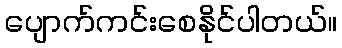
ပျောက်ကင်းစေနိုင်ပါတယ်။